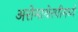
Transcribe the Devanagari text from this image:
अरोमाथेरपीमध्ये